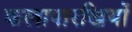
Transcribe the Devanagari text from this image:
कलापारखियों